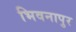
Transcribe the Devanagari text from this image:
भिवनापुर